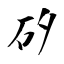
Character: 矽